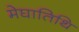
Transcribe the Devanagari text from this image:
मेघातिथि